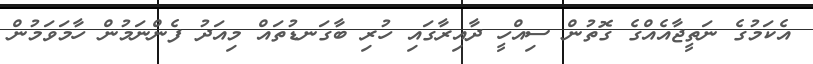
އެކަމުގެ ނަތީޖާއެއްގެ ގޮތުން ސިއްހީ ދާއިރާގައި ހުރި ބާގަނޑުތައް މިއަދު ފެންނަމުން ހާމަވަމުން